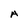
Character: a